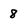
Character: 8